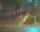
દૂધવાળો